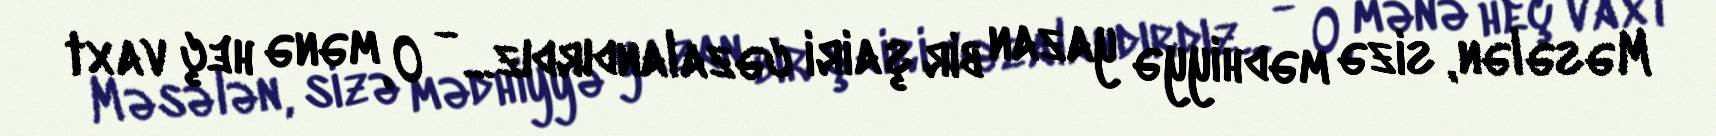
Məsələn, sizə mədhiyyə yazan bir şairi cəzalandırdız... - O, mənə heç vaxt